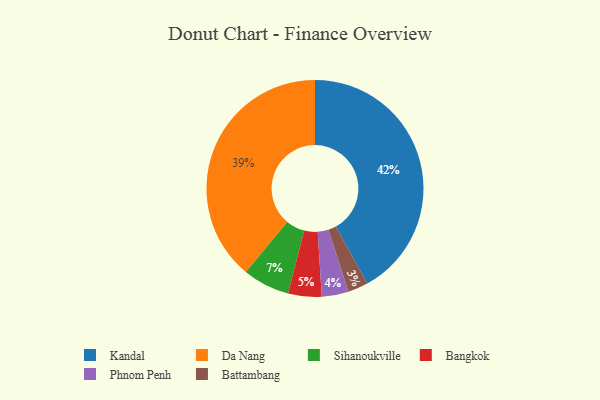
{"axis": {"x": "Category", "y": "Percentage"}, "legend": ["Bangkok", "Battambang", "Da Nang", "Kandal", "Phnom Penh", "Sihanoukville"], "data": [{"x": "Sihanoukville", "y": 7, "type": "Sihanoukville"}, {"x": "Phnom Penh", "y": 4, "type": "Phnom Penh"}, {"x": "Bangkok", "y": 5, "type": "Bangkok"}, {"x": "Kandal", "y": 42, "type": "Kandal"}, {"x": "Battambang", "y": 3, "type": "Battambang"}, {"x": "Da Nang", "y": 39, "type": "Da Nang"}]}